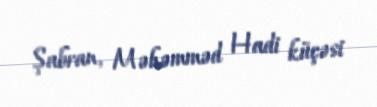
Şabran, Məhəmməd Hadi küçəsi